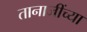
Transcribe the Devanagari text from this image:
तानाजींच्या